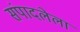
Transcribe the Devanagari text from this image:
संपादलेला